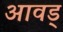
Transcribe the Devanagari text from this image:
आवड्